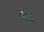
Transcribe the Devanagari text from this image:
गैबलियल